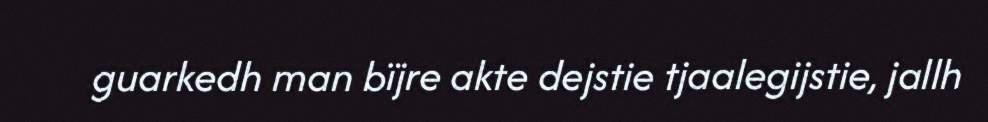
guarkedh man bïjre akte dejstie tjaalegijstie, jallh